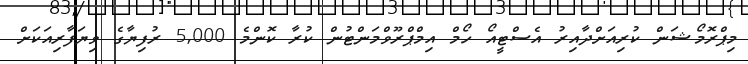
މިޕްރޮމޯޝަން ކުރިއަށްދާއިރު އެސްޓީއޯ ހޯމް އިމްޕްރޫވްމަންޓުން ކުރާ ކޮންމެ 5